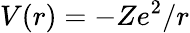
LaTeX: V(r)=-Ze^{2}/r